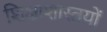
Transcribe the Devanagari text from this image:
शिक्षाशास्त्रयों